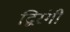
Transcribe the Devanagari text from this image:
द्विरंगी